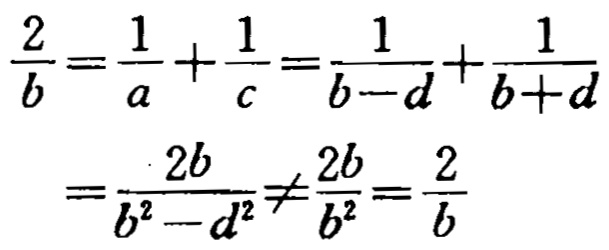
\[\begin{align*}
\frac{2}{b}&=\frac{1}{a}+\frac{1}{c}=\frac{1}{b - d}+\frac{1}{b + d}\\
&=\frac{2b}{b^{2}-d^{2}}\neq\frac{2b}{b^{2}}=\frac{2}{b}
\end{align*}\]